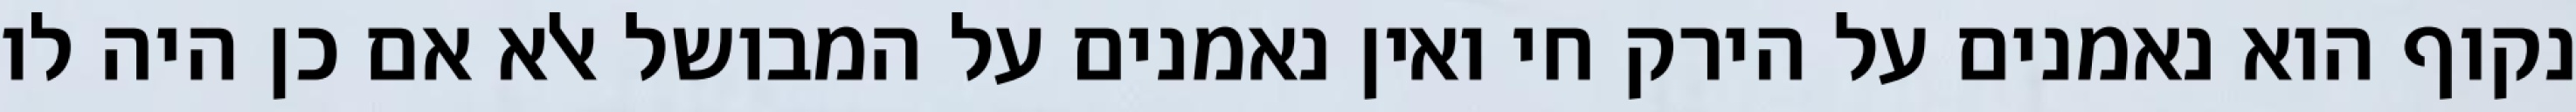
נקוף הוא נאמנים על הירק חי ואין נאמנים על המבושל אלא אם כן היה לו